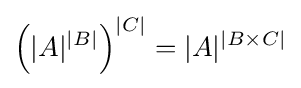
\left(|A|^{|B|}\right)^{|C|}=|A|^{|B\times C|}